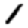
Digit: 1